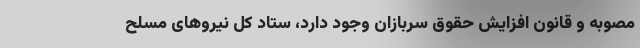
مصوبه و قانون افزایش حقوق سربازان وجود دارد، ستاد کل نیروهای مسلح